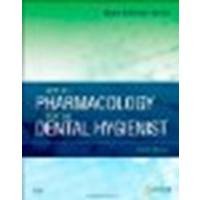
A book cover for Applied Pharmacology for the Dental Hygienist, 6e by Haveles BS Pharm Pharm D, Elena Bablenis [Mosby,2010] (Paperback) 6th Edition; Haveles BS Pharm Pharm D; Medical Books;